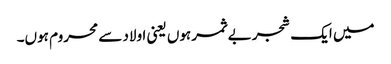
میں ایک شجر بے ثمر ہوں یعنی اولاد سے محروم ہوں۔